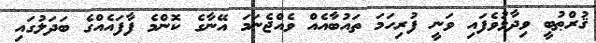
ޤުރްޠުބީ ވިދާޅުވެފައި ވަނީ ފުރިހަމަ ތައުބާއެއް ވެއްޖެނަމަ އޭނާގެ ކޮންމެ ފާފައެއްގެ ބަދަލުގައި